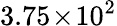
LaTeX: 3.75\! \times\! 10^{2}